Lunatic asylums Punjab 1895-1910 - 1895-1910
Year: 1895
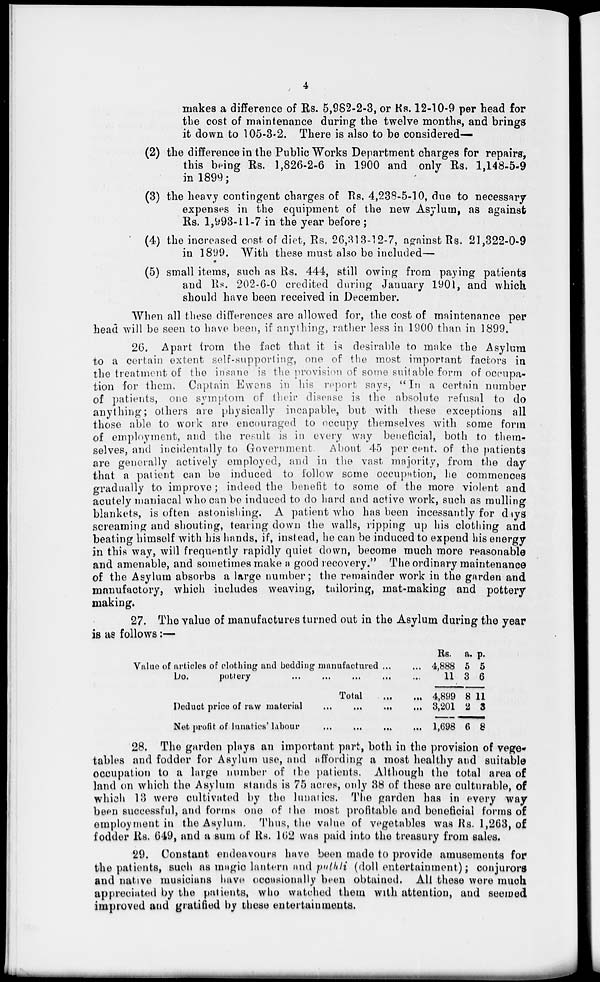
4
makes a difference of Rs. 5,982-2-3, or Rs. 12-10-9 per head for
the cost of maintenance during the twelve months, and brings
it down to 105-3-2. There is also to be considered—
(2) the difference in the Public Works Department charges for repairs,
this being Rs. 1,826-2-6 in 1900 and only Rs. 1,148-5-9
in 1899;
(3) the heavy contingent charges of Rs, 4,238-5-10, due to necessary
expenses in the equipment of the new Asylum, as against
Rs. 1,993-11-7 in the year before ;
(4) the increased cost of diet, Rs. 26,313-12-7, against Rs. 21,322-0-9
in 1899. With these must also be included—
(5) small items, such as Rs. 444, still owing from paying patients
and Rs. 202-6-0 credited during January 1901, and which
should have been received in December.
When all these differences are allowed for, the cost of maintenance per
head will be seen to have been, if anything, rather less in 1900 than in 1899.
26. Apart from the fact that it is desirable to make the Asylum
to a certain extent self-supporting, one of the most important factors in
the treatment of the insane is the provision of some suitable form of occupa-
tion for them. Captain Ewens in his report says, "In a certain number
of patients, one symptom of their disease is the absolute refusal to do
anything; others are physically incapable, but with these exceptions all
those able to work are encouraged to occupy themselves with some form
of employment, and the result is in every way beneficial, both to them-
selves, and incidentally to Government. About 45 per cent. of the patients
are generally actively employed, and in the vast majority, from the day
that a patient can be induced to follow some occupation, he commences
gradually to improve; indeed the benefit to some of the more violent and
acutely maniacal who can be induced to do hard and active work, such as mulling
blankets, is often astonishing. A patient who has been incessantly for days
screaming and shouting, tearing down the walls, ripping up his clothing and
beating himself with his hands, if, instead, he can be induced to expend his energy
in this way, will frequently rapidly quiet down, become much more reasonable
and amenable, and sometimes make a good recovery." The ordinary maintenance
of the Asylum absorbs a large number; the remainder work in the garden and
manufactory, which includes weaving, tailoring, mat-making and pottery
making.
27. The value of manufactures turned out in the Asylum during the year
is as follows:—
Value of articles of clothing and bedding manufactured ... ...
Do.
pottery
...
...
...
...
...
Total
...
...
Deduct price of raw material ... ... ... ... ...
Net profit of lunatics labour ... ... ... ... ...
Rs.
4,888
11
4,899
3,201
1,698
a.
5
3
8
2
6
p.
5
6
11
3
8
28. The garden plays an important part, both in the provision of vege-
tables and fodder for Asylum use, and affording a most healthy and suitable
occupation to a large number of the patients. Although the total area of
land on which the Asylum stands is 75 acres, only 88 of these are culturable, of
which 13 were cultivated by the lunatics. The garden has in every way
been successful, and forms one of the most profitable and beneficial forms of
employment in the Asylum. Thus, the value of vegetables was Rs. 1,263, of
fodder Rs. 649, and a sum of Rs. 162 was paid into the treasury from sales.
29. Constant endeavours have been made to provide amusements for
the patients, such as magic lantern and puthli (doll entertainment); conjurors
and native musicians have occasionally been obtained. All these were much
appreciated by the patients, who watched them with attention, and seemed
improved and gratified by these entertainments.